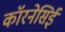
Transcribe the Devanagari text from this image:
कॉरनेसिई